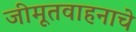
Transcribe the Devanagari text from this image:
जीमूतवाहनाचे